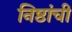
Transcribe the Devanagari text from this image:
निष्ठांची